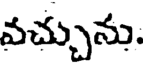
వచ్చును.